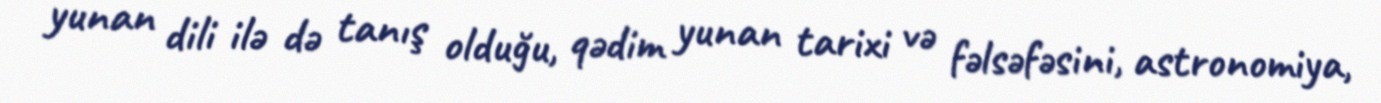
yunan dili ilə də tanış olduğu, qədim yunan tarixi və fəlsəfəsini, astronomiya,